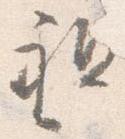
祖